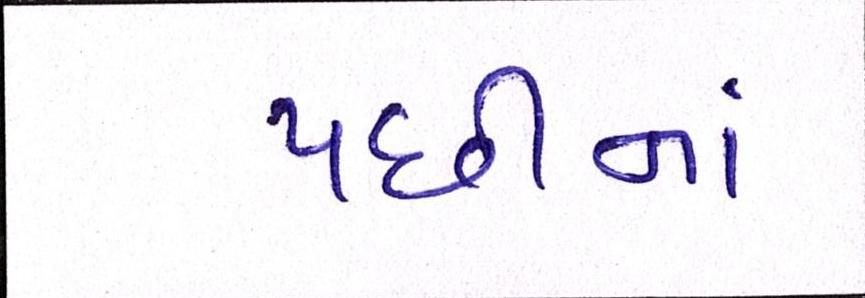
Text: પછીનાં